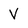
Character: V